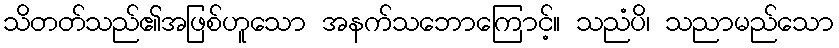
သိတတ်သည်၏အဖြစ်ဟူသော အနက်သဘောကြောင့်။ သညံပိ၊ သညာမည်သော